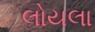
લોયલા